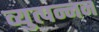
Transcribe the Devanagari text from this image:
व्युत्पन्नन